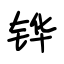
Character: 铧